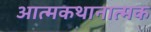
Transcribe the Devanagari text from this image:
आत्मकथानात्मक